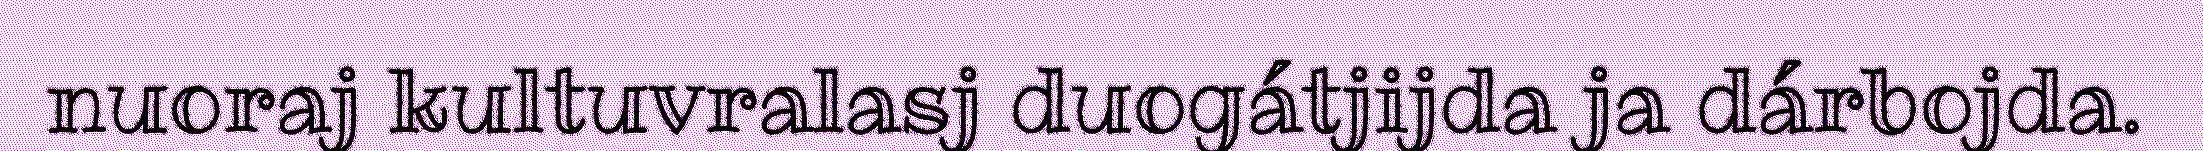
nuoraj kultuvralasj duogátjijda ja dárbojda.